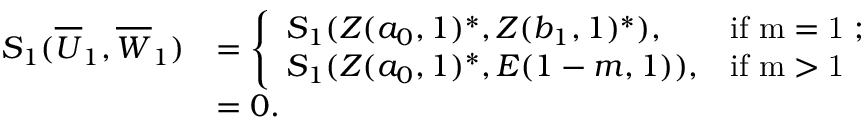
\begin{array} { r l } { S _ { 1 } ( \overline { { U } } _ { 1 } , \overline { { W } } _ { 1 } ) } & { = \left\{ \begin{array} { l l } { S _ { 1 } ( Z ( a _ { 0 } , 1 ) ^ { * } , Z ( b _ { 1 } , 1 ) ^ { * } ) , } & { \mathrm { i f ~ m = 1 ~ } ; } \\ { S _ { 1 } ( Z ( a _ { 0 } , 1 ) ^ { * } , E ( 1 - m , 1 ) ) , } & { \mathrm { i f ~ m > 1 ~ } } \end{array} \right. } \\ & { = 0 . } \end{array}